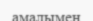
амалымен